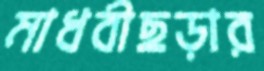
মাধবীছড়ার